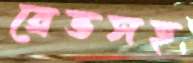
ব্রেভসহ